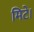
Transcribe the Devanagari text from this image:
मिटे।